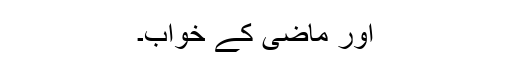
اور ماضی کے خواب۔